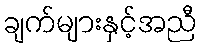
ချက်များနှင့်အညီ